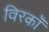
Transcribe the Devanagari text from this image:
विरकाँ